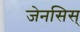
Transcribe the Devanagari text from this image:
जेनसिस्